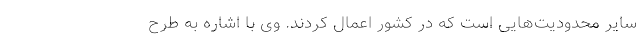
سایر محدودیت‌هایی است که در کشور اعمال کردند. وی با اشاره به طرح